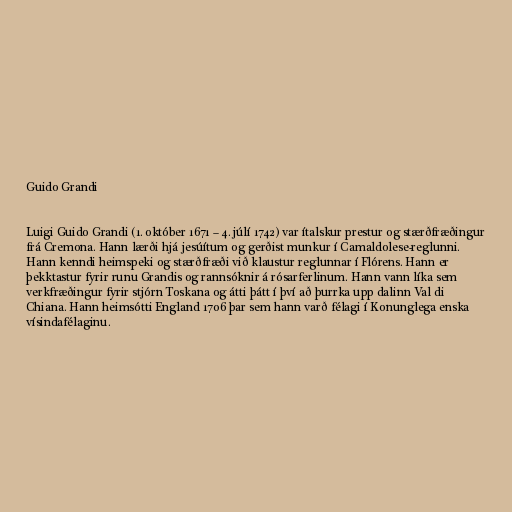
Guido Grandi

Luigi Guido Grandi (1. október 1671 – 4. júlí 1742) var ítalskur prestur og stærðfræðingur
frá Cremona. Hann lærði hjá jesúítum og gerðist munkur í Camaldolese-reglunni.
Hann kenndi heimspeki og stærðfræði við klaustur reglunnar í Flórens. Hann er
þekktastur fyrir runu Grandis og rannsóknir á rósarferlinum. Hann vann líka sem
verkfræðingur fyrir stjórn Toskana og átti þátt í því að þurrka upp dalinn Val di
Chiana. Hann heimsótti England 1706 þar sem hann varð félagi í Konunglega enska
vísindafélaginu.